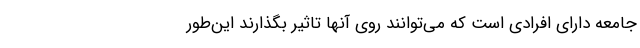
جامعه دارای افرادی است که می‌توانند روی آنها تاثیر بگذارند این‌طور